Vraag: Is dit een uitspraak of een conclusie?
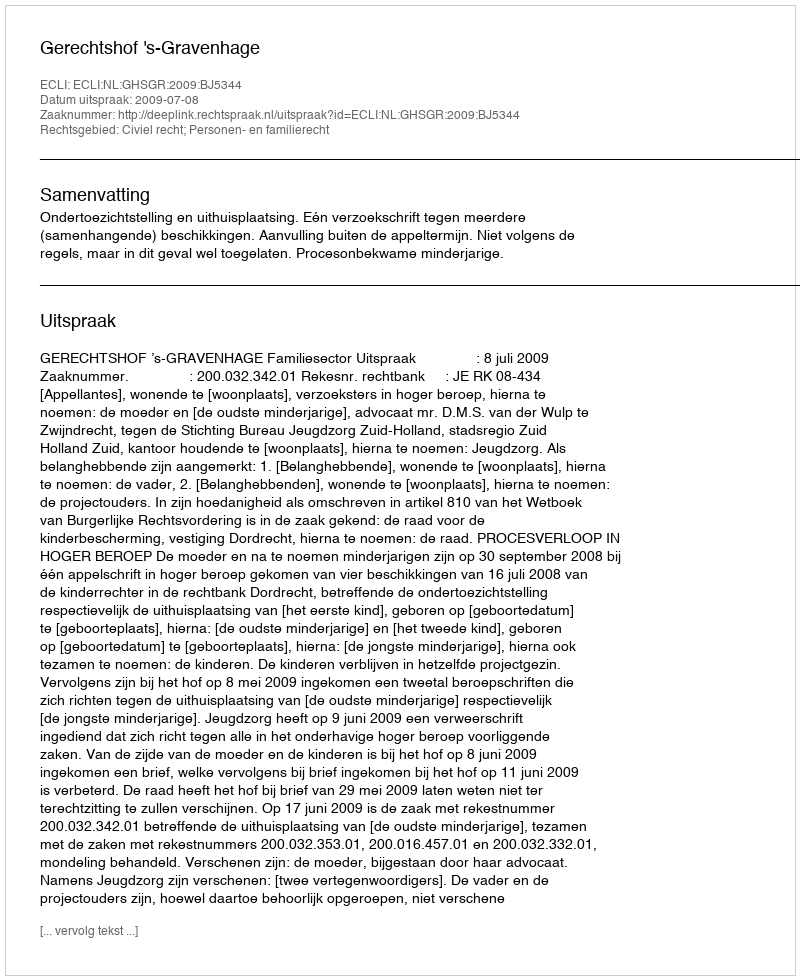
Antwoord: Uitspraak